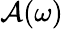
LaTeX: \mathcal{A}(\omega)